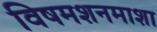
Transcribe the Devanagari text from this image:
विषमशनमाशा